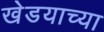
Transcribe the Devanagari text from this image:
खेडयाच्या